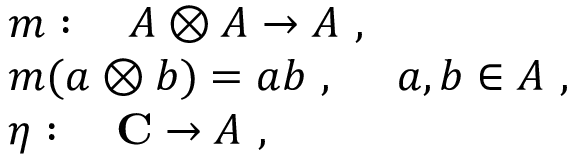
\begin{array} { r c l } { { } } & { { } } & { { m : ~ ~ ~ A \otimes A \to A ~ , } } \\ { { } } & { { } } & { { m ( a \otimes b ) = a b ~ , ~ ~ ~ ~ a , b \in A ~ , } } \\ { { } } & { { } } & { { \eta : ~ ~ ~ { \bf C } \to A ~ , } } \end{array}